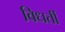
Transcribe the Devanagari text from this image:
विधर्ती